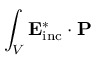
\int _ { V } \mathbf { E } _ { \mathrm { i n c } } ^ { * } \cdot \mathbf { P }